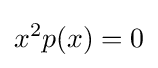
x^{2}p(x)=0